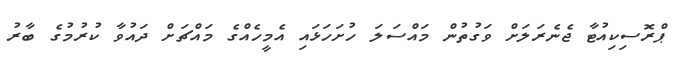
ޕްރޮސިކިއުޓާ ޖެނެރަލަށް ވަގުތުން މައްސަލަ ހުށަހަޅައި އެމީހެއްގެ މައްޗަށް ދައުވާ ކުރުމުގެ ބާރު